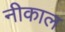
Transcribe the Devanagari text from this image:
नीकाल